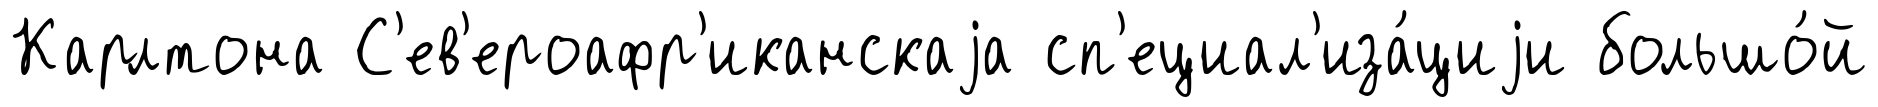
Карлтона С'ев'ероафр'иканскаjа сп'ециал'иза́циjи большо́й